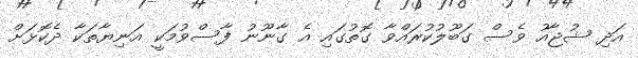
އަދި ޝުޖާއު ވެސް ގަބޫލުކުރައްވާ ގޮތުގައި އެ ގާނޫނު ފާސްވުމަކީ އަނިޔާތަކާ ދެކޮޅަށް